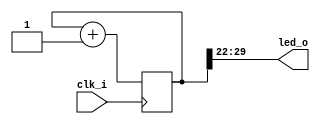
module counter(input clk_i,
	       output wire [7:0] led_o);

   reg [31:0] 	      ctr;

   assign 	      led_o = ctr[29:22];
   
   always @(posedge clk_i) begin
      ctr <= ctr +1 ;
   end
   

endmodule // counter